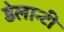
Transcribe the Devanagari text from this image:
डेलान्टी